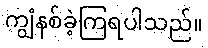
ကျွံနစ်ခဲ့ကြရပါသည်။